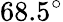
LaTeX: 68.5^{\circ}